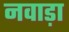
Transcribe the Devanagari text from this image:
नवाड़ा